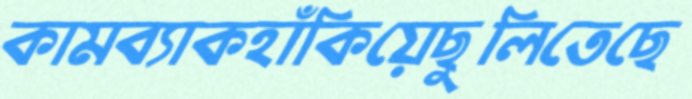
কামব্যাকহাঁকিয়েছুলিতেছে